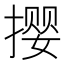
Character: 撄